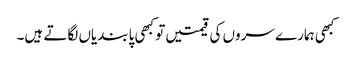
کبھی ہمارے سروں کی قیمتیں تو کبھی پابندیاں لگاتے ہیں۔